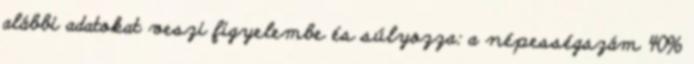
alábbi adatokat veszi figyelembe és súlyozza: a népességszám 40%